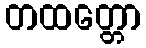
တထတ္တော